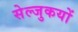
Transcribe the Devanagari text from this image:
सेल्जुकयों